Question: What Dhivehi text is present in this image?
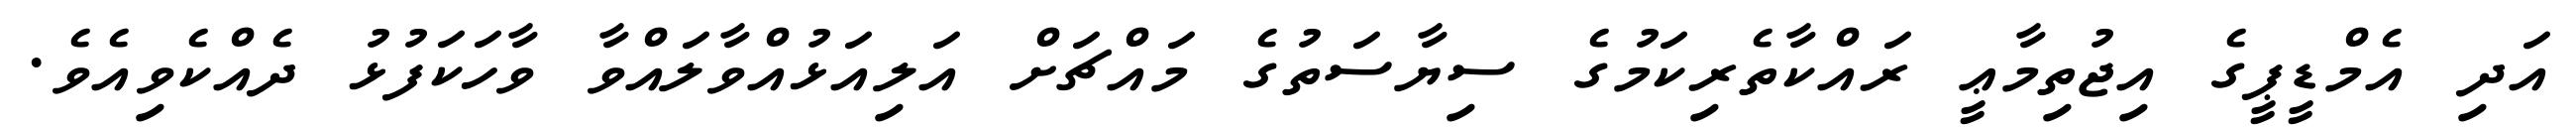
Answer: އަދި އެމްޑީޕީގެ އިޖުތިމާޢީ ރައްކާތެރިކަމުގެ ސިޔާސަތުގެ މައްޗަށް އަލިއަޅުއްވާލައްވާ ވާހަކަފުޅު ދެއްކެވިއެވެ.